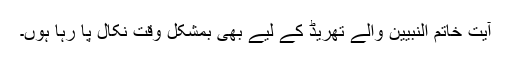
آیت خاتم النبیین والے تھریڈ کے لیے بھی بمشکل وقت نکال پا رہا ہوں۔